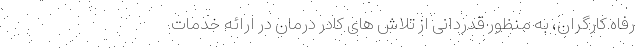
رفاه کارگران، به منظور قدردانی از تلاش های کادر درمان در ارائه خدمات